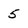
Character: 5